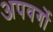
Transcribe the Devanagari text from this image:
अपवर्गो